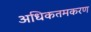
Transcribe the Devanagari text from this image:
अधिकतमकरण